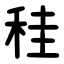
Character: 䅅